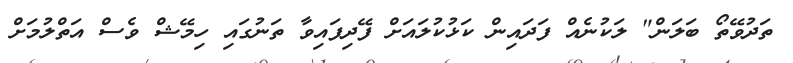
ތަދުވޭތޯ ބަލަން" ލަކުނެއް ފަދައިން ކަޅުކުލައަށް ފޭދިފައިވާ ތަނުގައި ހިމޭޝް ވެސް އަތްލުމަށް